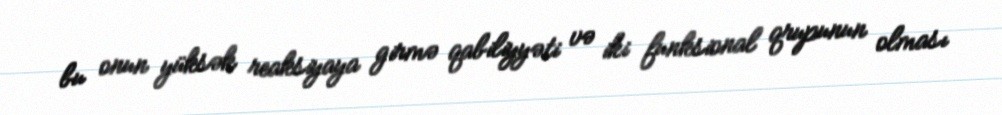
bu onun yüksək reaksiyaya girmə qabiliyyəti və iki funksional qrupunun olması